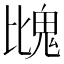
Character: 𩲖